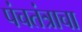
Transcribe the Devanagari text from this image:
पंचतंत्राचा